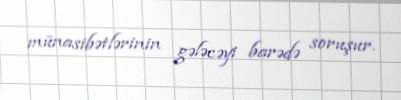
münasibətlərinin gələcəyi barədə soruşur.